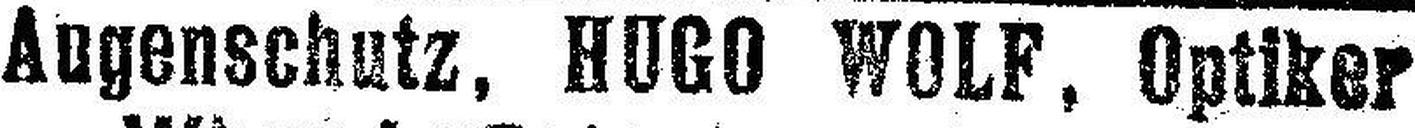
Angeschmutzt, HUGO WOLF, Optiker